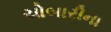
ચોબારીના